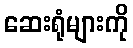
ဆေးရုံများကို